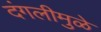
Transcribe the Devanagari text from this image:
दंगलीमुळे